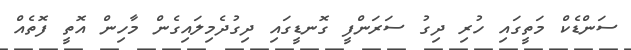
ސަންޑެކް މަތީގައި ހުރި ދިގު ސަރަންފީ ގޮނޑީގައި ދިގުދެމިލައިގެން މާހިން އޮތީ ފޮތެއް